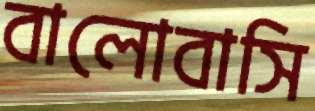
বালোবাসি